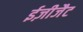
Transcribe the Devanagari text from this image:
ईज़ीजैट